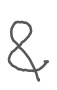
Text: &
Cross-out: clean
Writing tool: digital_gray